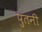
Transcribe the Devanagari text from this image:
पुतनी